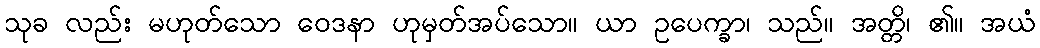
သုခ လည်း မဟုတ်သော ဝေဒနာ ဟုမှတ်အပ်သော။ ယာ ဥပေက္ခာ၊ သည်။ အတ္တိ၊ ၏။ အယံ